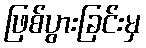
ဖြစ်ပွားခြင်းမှ